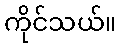
ကိုင်သယ်။